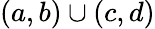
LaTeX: (a,b)\cup(c,d)